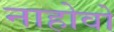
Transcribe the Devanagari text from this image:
नाहोवो